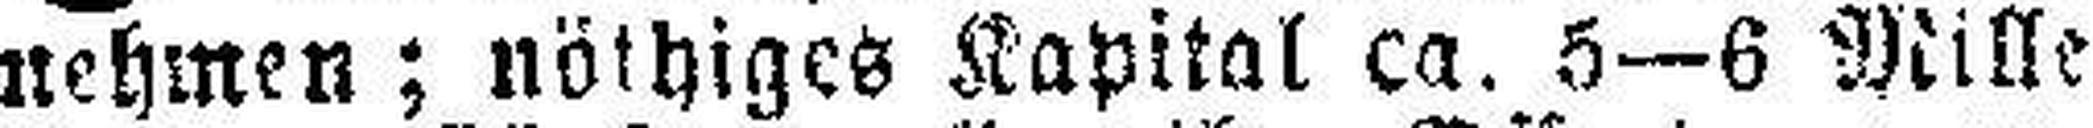
nehmen; nöthiges Kapital ca. 5—6 Mille